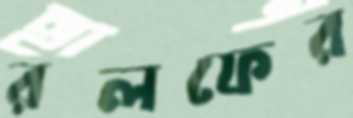
রলফের